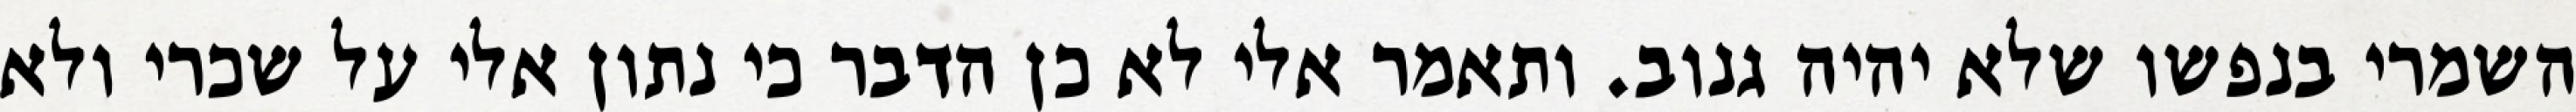
השמרי בנפשו שלא יהיה גנוב. ותאמר אלי לא כן הדבר כי נתון אלי על שכרי ולא